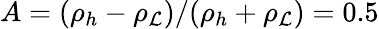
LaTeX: A=(\rho_{h}-\rho_{\mathcal{L}})/(\rho_{h}+\rho_{\mathcal{L}})=0.5